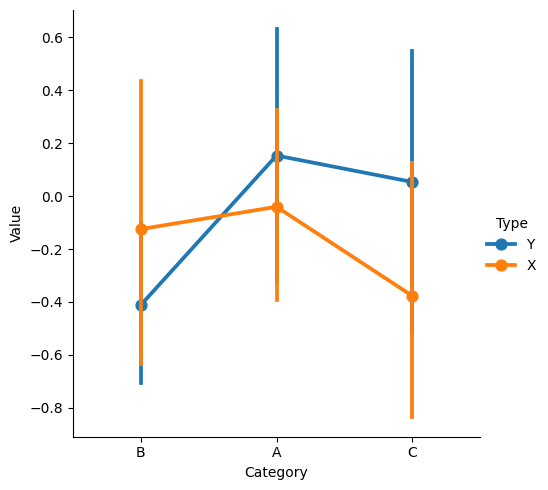
python, seaborn, catplot, kind='point', height=5, aspect=1